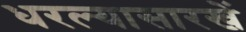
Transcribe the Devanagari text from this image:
धरल्यासारखें